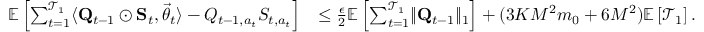
\begin{array} { r l } { \mathbb E \left[ \sum _ { t = 1 } ^ { \mathcal T _ { 1 } } \langle \mathbf Q _ { t - 1 } \odot \mathbf S _ { t } , \vec { \theta } _ { t } \rangle - Q _ { t - 1 , a _ { t } } S _ { t , a _ { t } } \right] } & { \le \frac \epsilon 2 \mathbb E \left[ \sum _ { t = 1 } ^ { \mathcal T _ { 1 } } \lVert \mathbf Q _ { t - 1 } \rVert _ { 1 } \right] + ( 3 K M ^ { 2 } m _ { 0 } + 6 M ^ { 2 } ) \mathbb E \left[ \mathcal T _ { 1 } \right] . } \end{array}